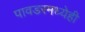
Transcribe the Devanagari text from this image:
पावडरमध्येही